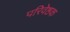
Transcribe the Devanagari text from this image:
परिवेष्ठक